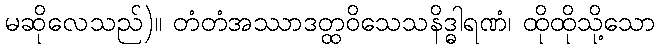
မဆိုလေသည်)။ တံတံအဿာဒတ္ထဝိသေသနိဒ္ဓါရဏံ၊ ထိုထိုသို့သော